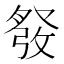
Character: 𱱸